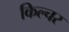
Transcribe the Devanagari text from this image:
किल्चर